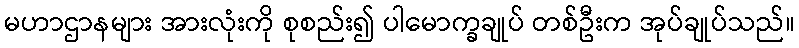
မဟာဌာနများ အားလုံးကို စုစည်း၍ ပါမောက္ခချုပ် တစ်ဦးက အုပ်ချုပ်သည်။